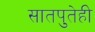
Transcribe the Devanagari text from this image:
सातपुतेही